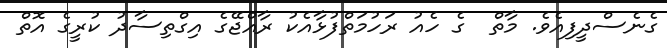
ގެނެސްދީފިއެެވެ. މާތް  ގެ ހެއު ރަހުމަތްފުޅާއެކު ރާއްޖޭގެ އިގްތިސާދު ކުރީގެ އޮތް